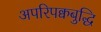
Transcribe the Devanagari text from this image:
अपरिपक्वबुद्धि